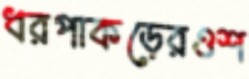
ধরপাকড়েরওশ